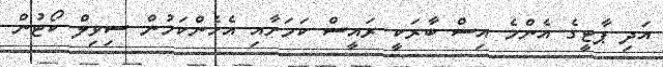
އަދި ޕާޓީގެ އެންމެ އިސް ބާރަކީ ރައީސް ކަމަށާއި އެހެންކަމުން ސިވިލް ކޯޓުން